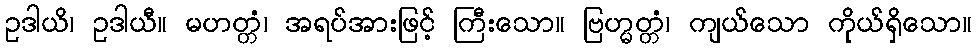
ဥဒါယိ၊ ဥဒါယီ။ မဟတ္တံ၊ အရပ်အားဖြင့် ကြီးသော။ ဗြဟ္မတ္တံ၊ ကျယ်သော ကိုယ်ရှိသော။